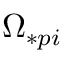
\Omega _ { \ast p i }